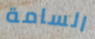
السامة